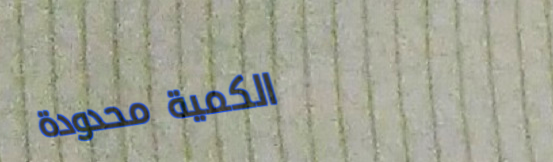
الكمية محدودة